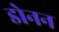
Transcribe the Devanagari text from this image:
डोनन